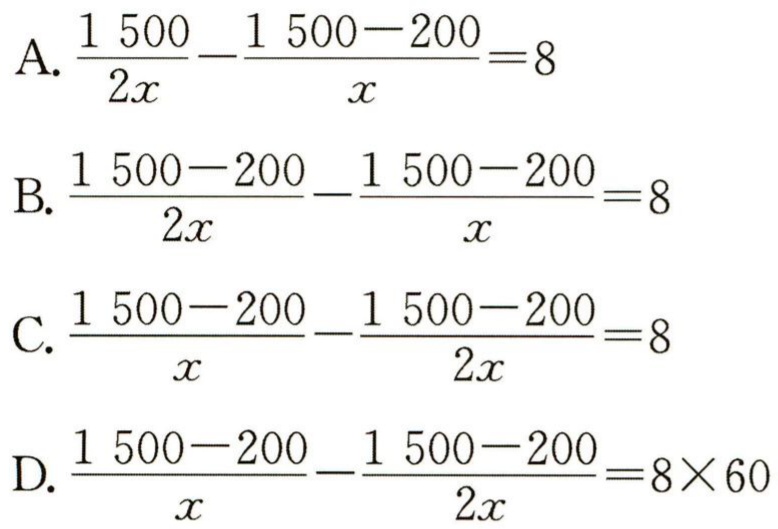
A. \(\frac{1500}{2x}-\frac{1500 - 200}{x}=8\)

B. \(\frac{1500 - 200}{2x}-\frac{1500 - 200}{x}=8\)

C. \(\frac{1500 - 200}{x}-\frac{1500 - 200}{2x}=8\)

D. \(\frac{1500 - 200}{x}-\frac{1500 - 200}{2x}=8\times60\)